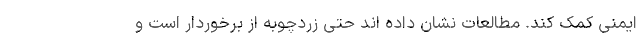
ایمنی کمک کند. مطالعات نشان داده اند حتی زردچوبه از برخوردار است و